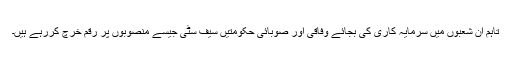
تاہم ان شعبوں میں سرمایہ کاری کی بجائے وفاقی اور صوبائی حکومتیں سیف سٹی جیسے منصوبوں پر رقم خرچ کررہے ہیں۔